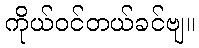
ကိုယ်ဝင်တယ်ခင်ဗျ။